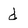
Character: d